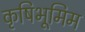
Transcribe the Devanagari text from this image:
कृषिभूमिम